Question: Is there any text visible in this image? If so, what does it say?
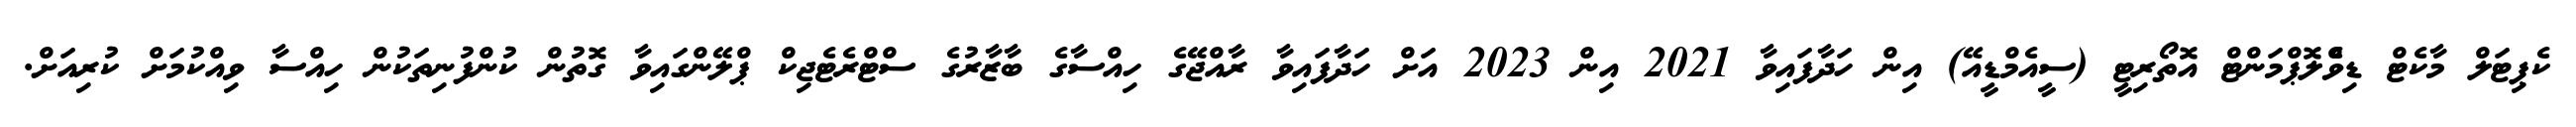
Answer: ކެޕިޓަލް މާކެޓް ޑިވްެލޮޕްމަންޓް އޮތޯރިޓީ (ސީއެމްޑީއޭ) އިން ހަދާފައިވާ 2021 އިން 2023 އަށް ހަދާފައިވާ ރާއްޖޭގެ ހިއްސާގެ ބާޒާރުގެ ސްޓްރެޓެޖިކް ޕްލޭންގައިވާ ގޮތުން ކުންފުނިތަކުން ހިއްސާ ވިއްކުމަށް ކުރިއަށް.